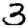
Digit: 3